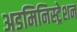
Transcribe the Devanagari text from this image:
अडमिनिस्ट्रेशन